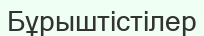
Бұрыштістілер